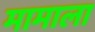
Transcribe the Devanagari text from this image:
मामाला